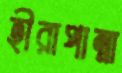
হীরাপান্না